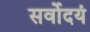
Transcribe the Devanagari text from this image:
सर्वोदयं